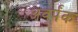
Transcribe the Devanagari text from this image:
अवर्पंक